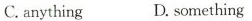
C.anything D.something